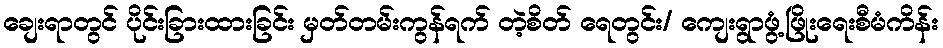
ချေးရာတွင် ပိုင်းခြားထားခြင်း မှတ်တမ်းကွန်ရက် တဲ့စိတ် ရေတွင်း/ ကျေးရွာဖွံ့ဖြိုးရေးစီမံကိန်း